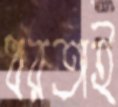
ধরতাই